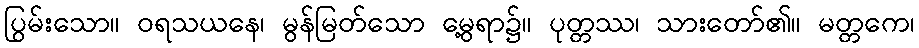
ပြွမ်းသော။ ဝရသယနေ၊ မွန်မြတ်သော မွေ့ရာ၌။ ပုတ္တဿ၊ သားတော်၏။ မတ္တကေ၊